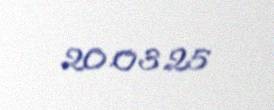
20.03.25